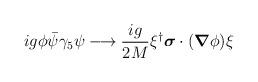
LaTeX: \begin{align*}i g \phi \bar{\psi} \gamma_{5} \psi \longrightarrow \frac{i g}{2M} \xi^{\dag} \mbox{\boldmath $\sigma$} \cdot (\mbox{\boldmath $\nabla$} \phi) \xi\end{align*}